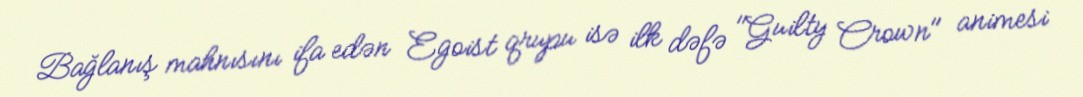
Bağlanış mahnısını ifa edən Egoist qrupu isə ilk dəfə "Guilty Crown" animesi